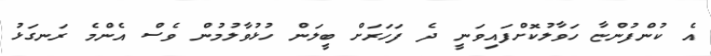
އެ ކުންފުންޏާ ހަވާލުކޮށްފައިވަނީ ދެ ފަހަރަށް ބީލަން ހުޅުވާލުމުން ވެސް އެންމެ ރަނގަޅު